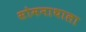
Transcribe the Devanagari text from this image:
सोमनाथाला